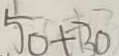
5 0 + 3 0